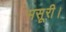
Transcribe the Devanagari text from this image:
मसूरी।